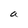
Character: a